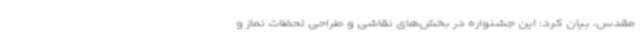
مقدس، بیان کرد: این جشنواره در بخش‌های نقاشی و طراحی لحظات نماز و